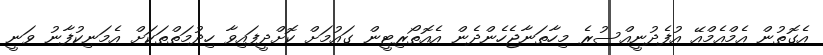
އެގޮތުން އެމްއެމްއޭ އުފެދުނީއްސުރެ މިހާތަނާޖެހެންދެން އެއޮތޯރިޓީން ގައުމަށް ކޮށްދީފައިވާ ހިދުމަތްތަކަށް އެމަނިކުފާނު ވަނީ